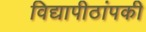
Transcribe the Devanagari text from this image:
विद्यापीठांपकी